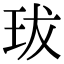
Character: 𤤒